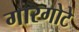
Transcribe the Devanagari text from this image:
गारगोटे